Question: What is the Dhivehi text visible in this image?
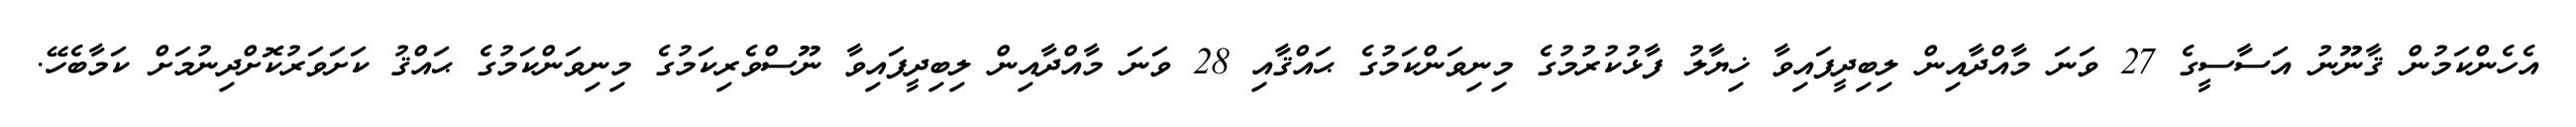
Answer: އެހެންކަމުން ޤާނޫނު އަސާސީގެ 27 ވަނަ މާއްދާއިން ލިބިދީފައިވާ ޚިޔާލު ފާޅުކުރުމުގެ މިނިވަންކަމުގެ ޙައްޤާއި 28 ވަނަ މާއްދާއިން ލިބިދީފައިވާ ނޫސްވެރިކަމުގެ މިނިވަންކަމުގެ ޙައްޤު ކަށަވަރުކޮށްދިނުމަށް ކަމާބެހޭ.